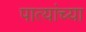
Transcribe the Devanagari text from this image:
पात्यांच्या